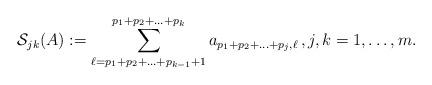
LaTeX: \begin{align*}\mathcal{S}_{jk}(A):=\sum\limits_{\ell = p_1 + p_2 + \ldots + p_{k-1} + 1}^{p_1 + p_2 + \ldots + p_k}a_{p_1 + p_2 +\ldots + p_j, \ell} \, ,j,k=1,\ldots,m.\end{align*}